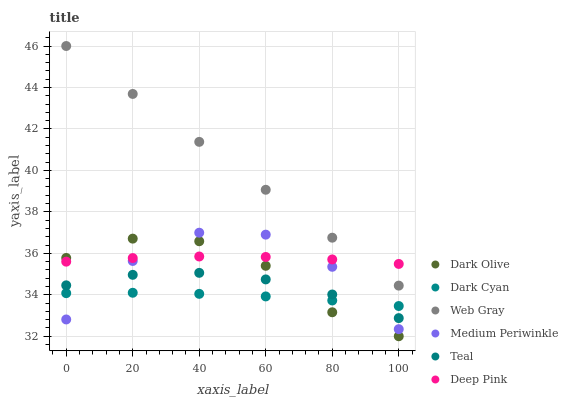
| xaxis_label | Dark Olive | Dark Cyan | Web Gray | Medium Periwinkle | Teal | Deep Pink |
 | --- | --- | --- | --- | --- | --- | --- |
 | 0 | 35.8 | 34.1 | 46 | 32.8 | 34.5 | 35.6 |
 | 20 | 36.7 | 34.1 | 43.7 | 35.6 | 35 | 35.8 |
 | 40 | 36.6 | 34 | 41.4 | 37 | 35.1 | 35.8 |
 | 60 | 35.4 | 33.9 | 39.1 | 36.9 | 34.7 | 35.8 |
 | 80 | 33.2 | 33.7 | 36.8 | 35.4 | 34 | 35.7 |
 | 100 | 32 | 33.5 | 34.4 | 32.3 | 32.9 | 35.5 |